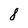
Character: 8